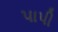
પાપી